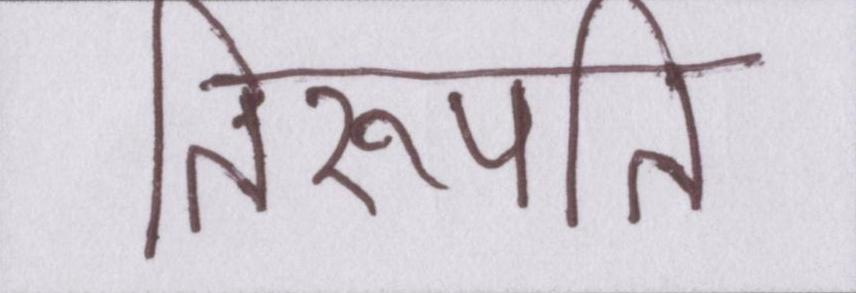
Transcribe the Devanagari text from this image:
तिरुपति